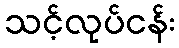
သင့်လုပ်ငန်း